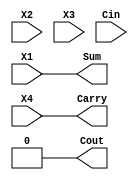
module cmp1(input X1,X2,X3,X4,Cin, 
					output Sum,Carry,Cout
					);
	

	assign Carry=X4;
	
	assign Sum = X1;
	assign Cout=1'b0;
	
endmodule